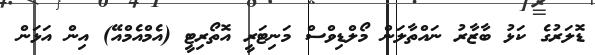
ޑޮލަރުގެ ކަޅު ބާޒާރު ނައްތާލަން މޯލްޑިވްސް މަނިޓަރީ އޮތޯރިޓީ (އެމްއެމްއޭ) އިން އަޅަން